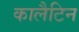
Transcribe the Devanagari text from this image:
कालैटिन